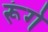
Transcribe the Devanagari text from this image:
रूंगे